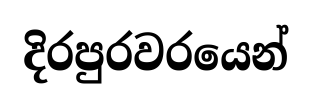
දිරපුරවරයෙන්